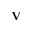
\mathbf { V }